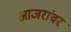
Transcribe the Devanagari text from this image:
आजरांवर